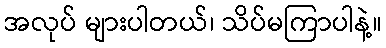
အလုပ် များပါတယ်၊ သိပ်မကြာပါနဲ့။